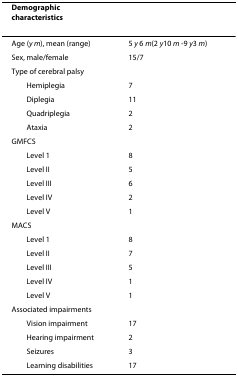
<table><thead><tr><td><b>Demographic characteristics</b></td><td></td></tr></thead><tbody><tr><td>Age (<i>y m</i>), mean (range)</td><td>5 <i>y </i>6 <i>m</i>(2 <i>y</i>10 <i>m </i>-9 <i>y</i>3 <i>m</i>)</td></tr><tr><td>Sex, male/female</td><td>15/7</td></tr><tr><td>Type of cerebral palsy</td><td></td></tr><tr><td> Hemiplegia</td><td>7</td></tr><tr><td> Diplegia</td><td>11</td></tr><tr><td> Quadriplegia</td><td>2</td></tr><tr><td> Ataxia</td><td>2</td></tr><tr><td>GMFCS</td><td></td></tr><tr><td> Level 1</td><td>8</td></tr><tr><td> Level II</td><td>5</td></tr><tr><td> Level III</td><td>6</td></tr><tr><td> Level IV</td><td>2</td></tr><tr><td> Level V</td><td>1</td></tr><tr><td>MACS</td><td></td></tr><tr><td> Level 1</td><td>8</td></tr><tr><td> Level II</td><td>7</td></tr><tr><td> Level III</td><td>5</td></tr><tr><td> Level IV</td><td>1</td></tr><tr><td> Level V</td><td>1</td></tr><tr><td>Associated impairments</td><td></td></tr><tr><td> Vision impairment</td><td>17</td></tr><tr><td> Hearing impairment</td><td>2</td></tr><tr><td> Seizures</td><td>3</td></tr><tr><td> Learning disabilities</td><td>17</td></tr></tbody></table>